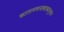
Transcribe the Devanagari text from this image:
कालगणनाशास्त्रानुसार